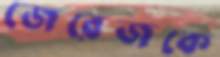
জেরেজকে